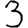
Digit: 3